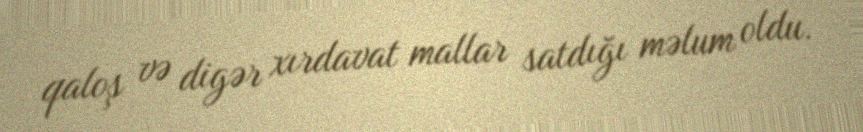
qaloş və digər xırdavat mallar satdığı məlum oldu.